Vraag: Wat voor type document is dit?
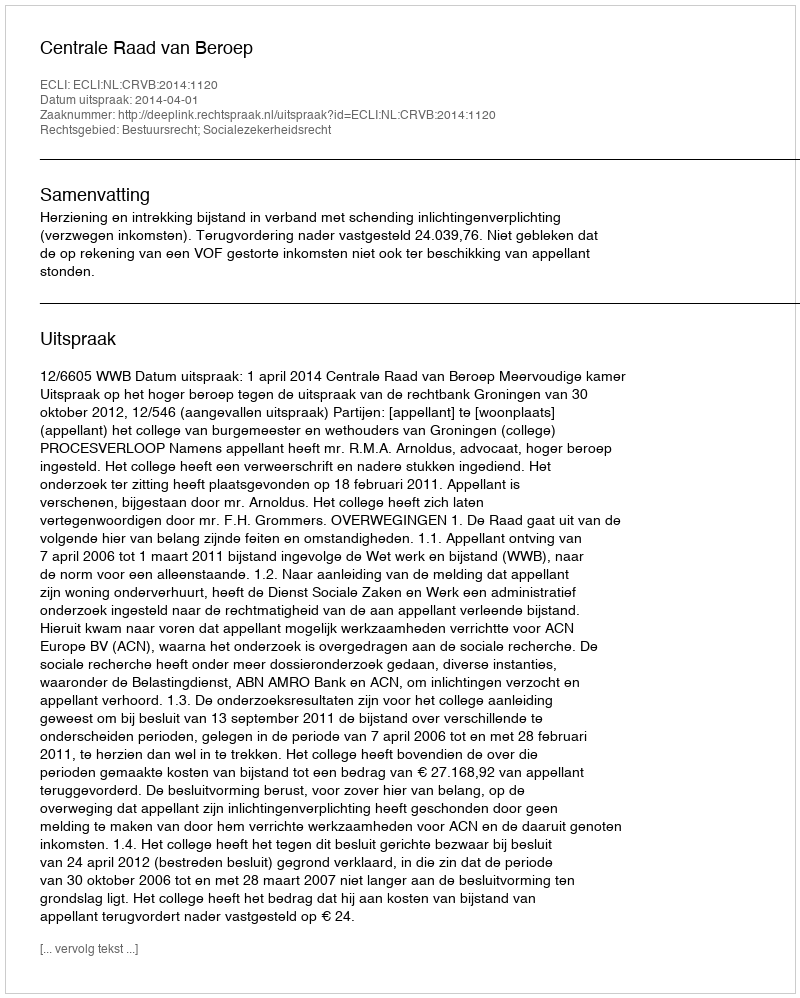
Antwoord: Uitspraak